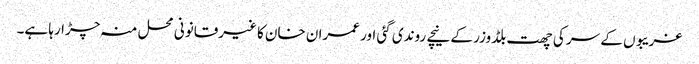
غریبوں کے سر کی چھت بلڈوزر کے نیچے روندی گئی اور عمران خان کا غیرقانونی محل منہ چڑارہا ہے۔